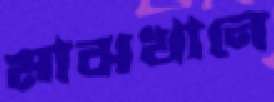
মাঝখানে